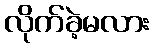
လိုက်ခဲ့မလား